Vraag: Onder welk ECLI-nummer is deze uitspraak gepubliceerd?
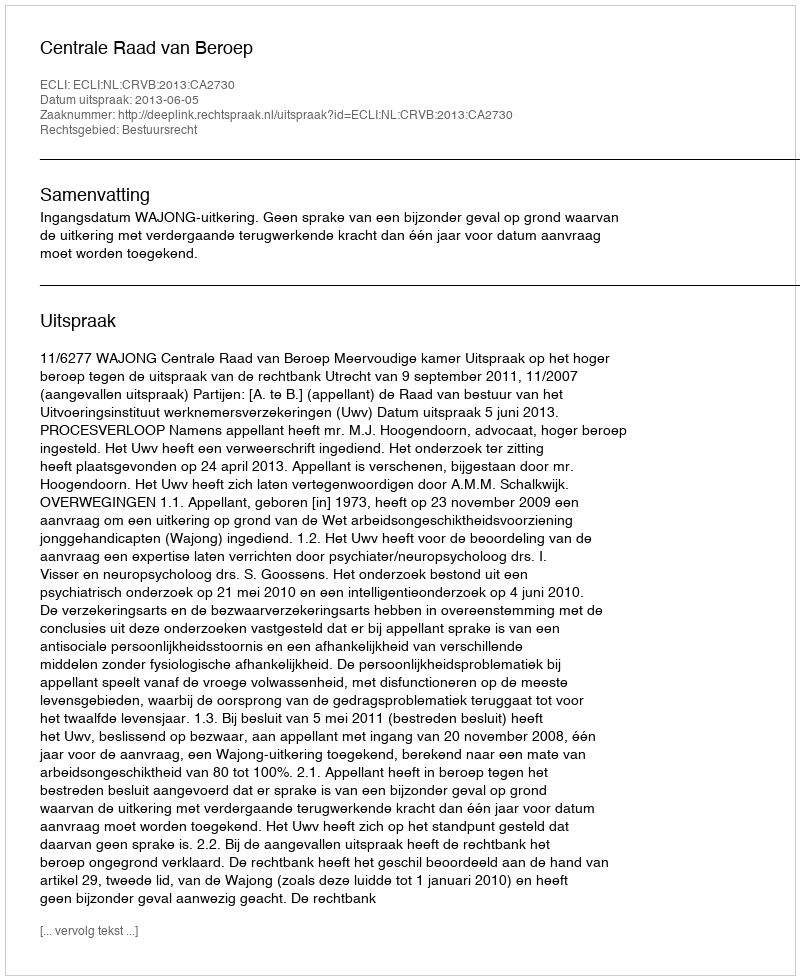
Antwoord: ECLI:NL:CRVB:2013:CA2730